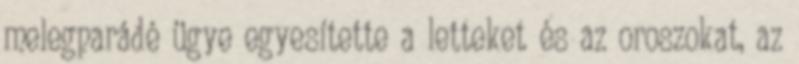
melegparádé ügye egyesítette a letteket és az oroszokat, az